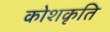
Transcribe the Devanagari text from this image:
कोशकृति